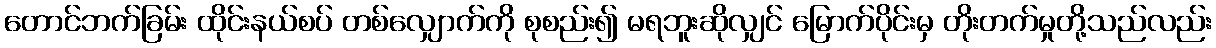
တောင်ဘက်ခြမ်း ထိုင်းနယ်စပ် တစ်လျှောက်ကို စုစည်း၍ မရဘူးဆိုလျှင် မြောက်ပိုင်းမှ တိုးတက်မှုတို့သည်လည်း